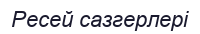
Ресей сазгерлері